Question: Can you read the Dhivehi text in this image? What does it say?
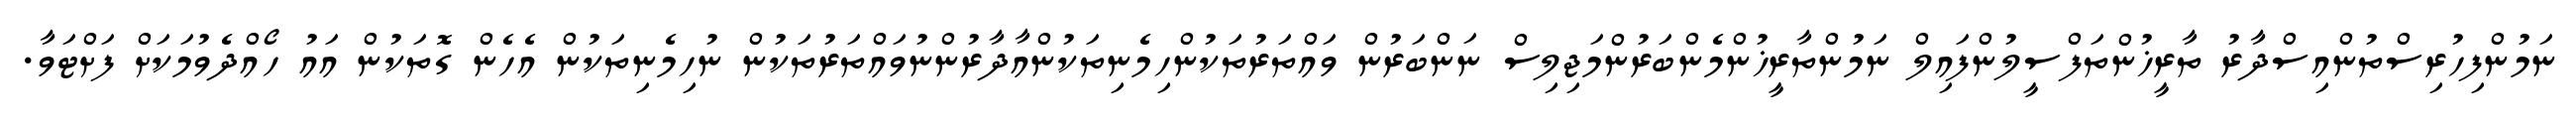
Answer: ނަމުންފިހުރިސްތުންއިސްދާރު ތާރީޚުންތަފްސީލުންފައިލް ނަމުންތާރީޚުންމެންބަރުންމަޖިލިސް ނަންބަރުން ވައްތަރުތަކުންހިމެނިތަކުންއާދާރުންނުވައްތަރުތަކުން ނުހިމެނިތަކުން އެހެން ގޮތަކުން އައު ހޯއްދެވުމަކަށް ފަށްޓަވާ.